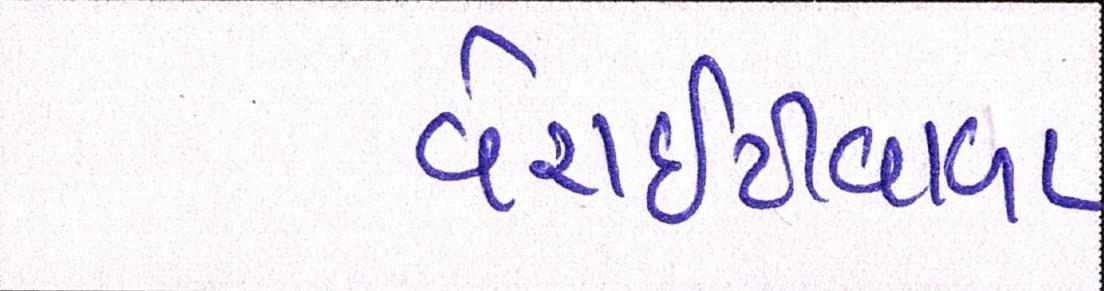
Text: વેરાઇટીવાળા